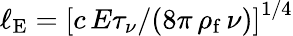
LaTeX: \ell_{\mathrm{E}}=\left[c\, E\tau_{\nu}/(8\pi\, \rho_{\mathrm{f}}\, \nu)\right]^{1/4}